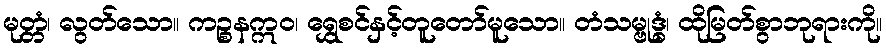
မုတ္တံ၊ လွတ်သော။ ကဉ္စနဣဝ၊ ရွှေစင်နှင့်တူတော်မူသော။ တံသမ္ဗုဒ္ဓံ၊ ထိုမြတ်စွာဘုရားကို။